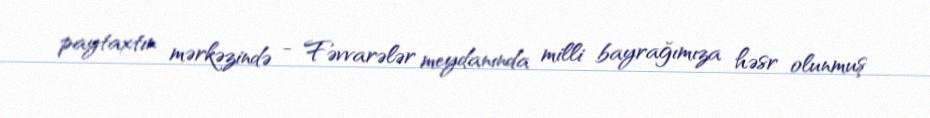
paytaxtın mərkəzində - Fəvvarələr meydanında milli bayrağımıza həsr olunmuş